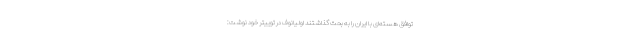
توافق هسته‌ای با ایران را به بحث گذاشتند اولیانوف در توییتر خود نوشت: